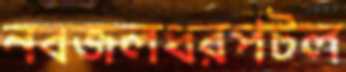
নবজলধরপটল